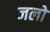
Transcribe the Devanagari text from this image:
जलो